Bréfritari: Sigríður Pálsdóttir
Viðtakandi: Páll Pálsson
Dagsetning: A-1840-11-08
Skrifað á: Síðumúla  Mýr.
Páll var bróðir Sigríðar

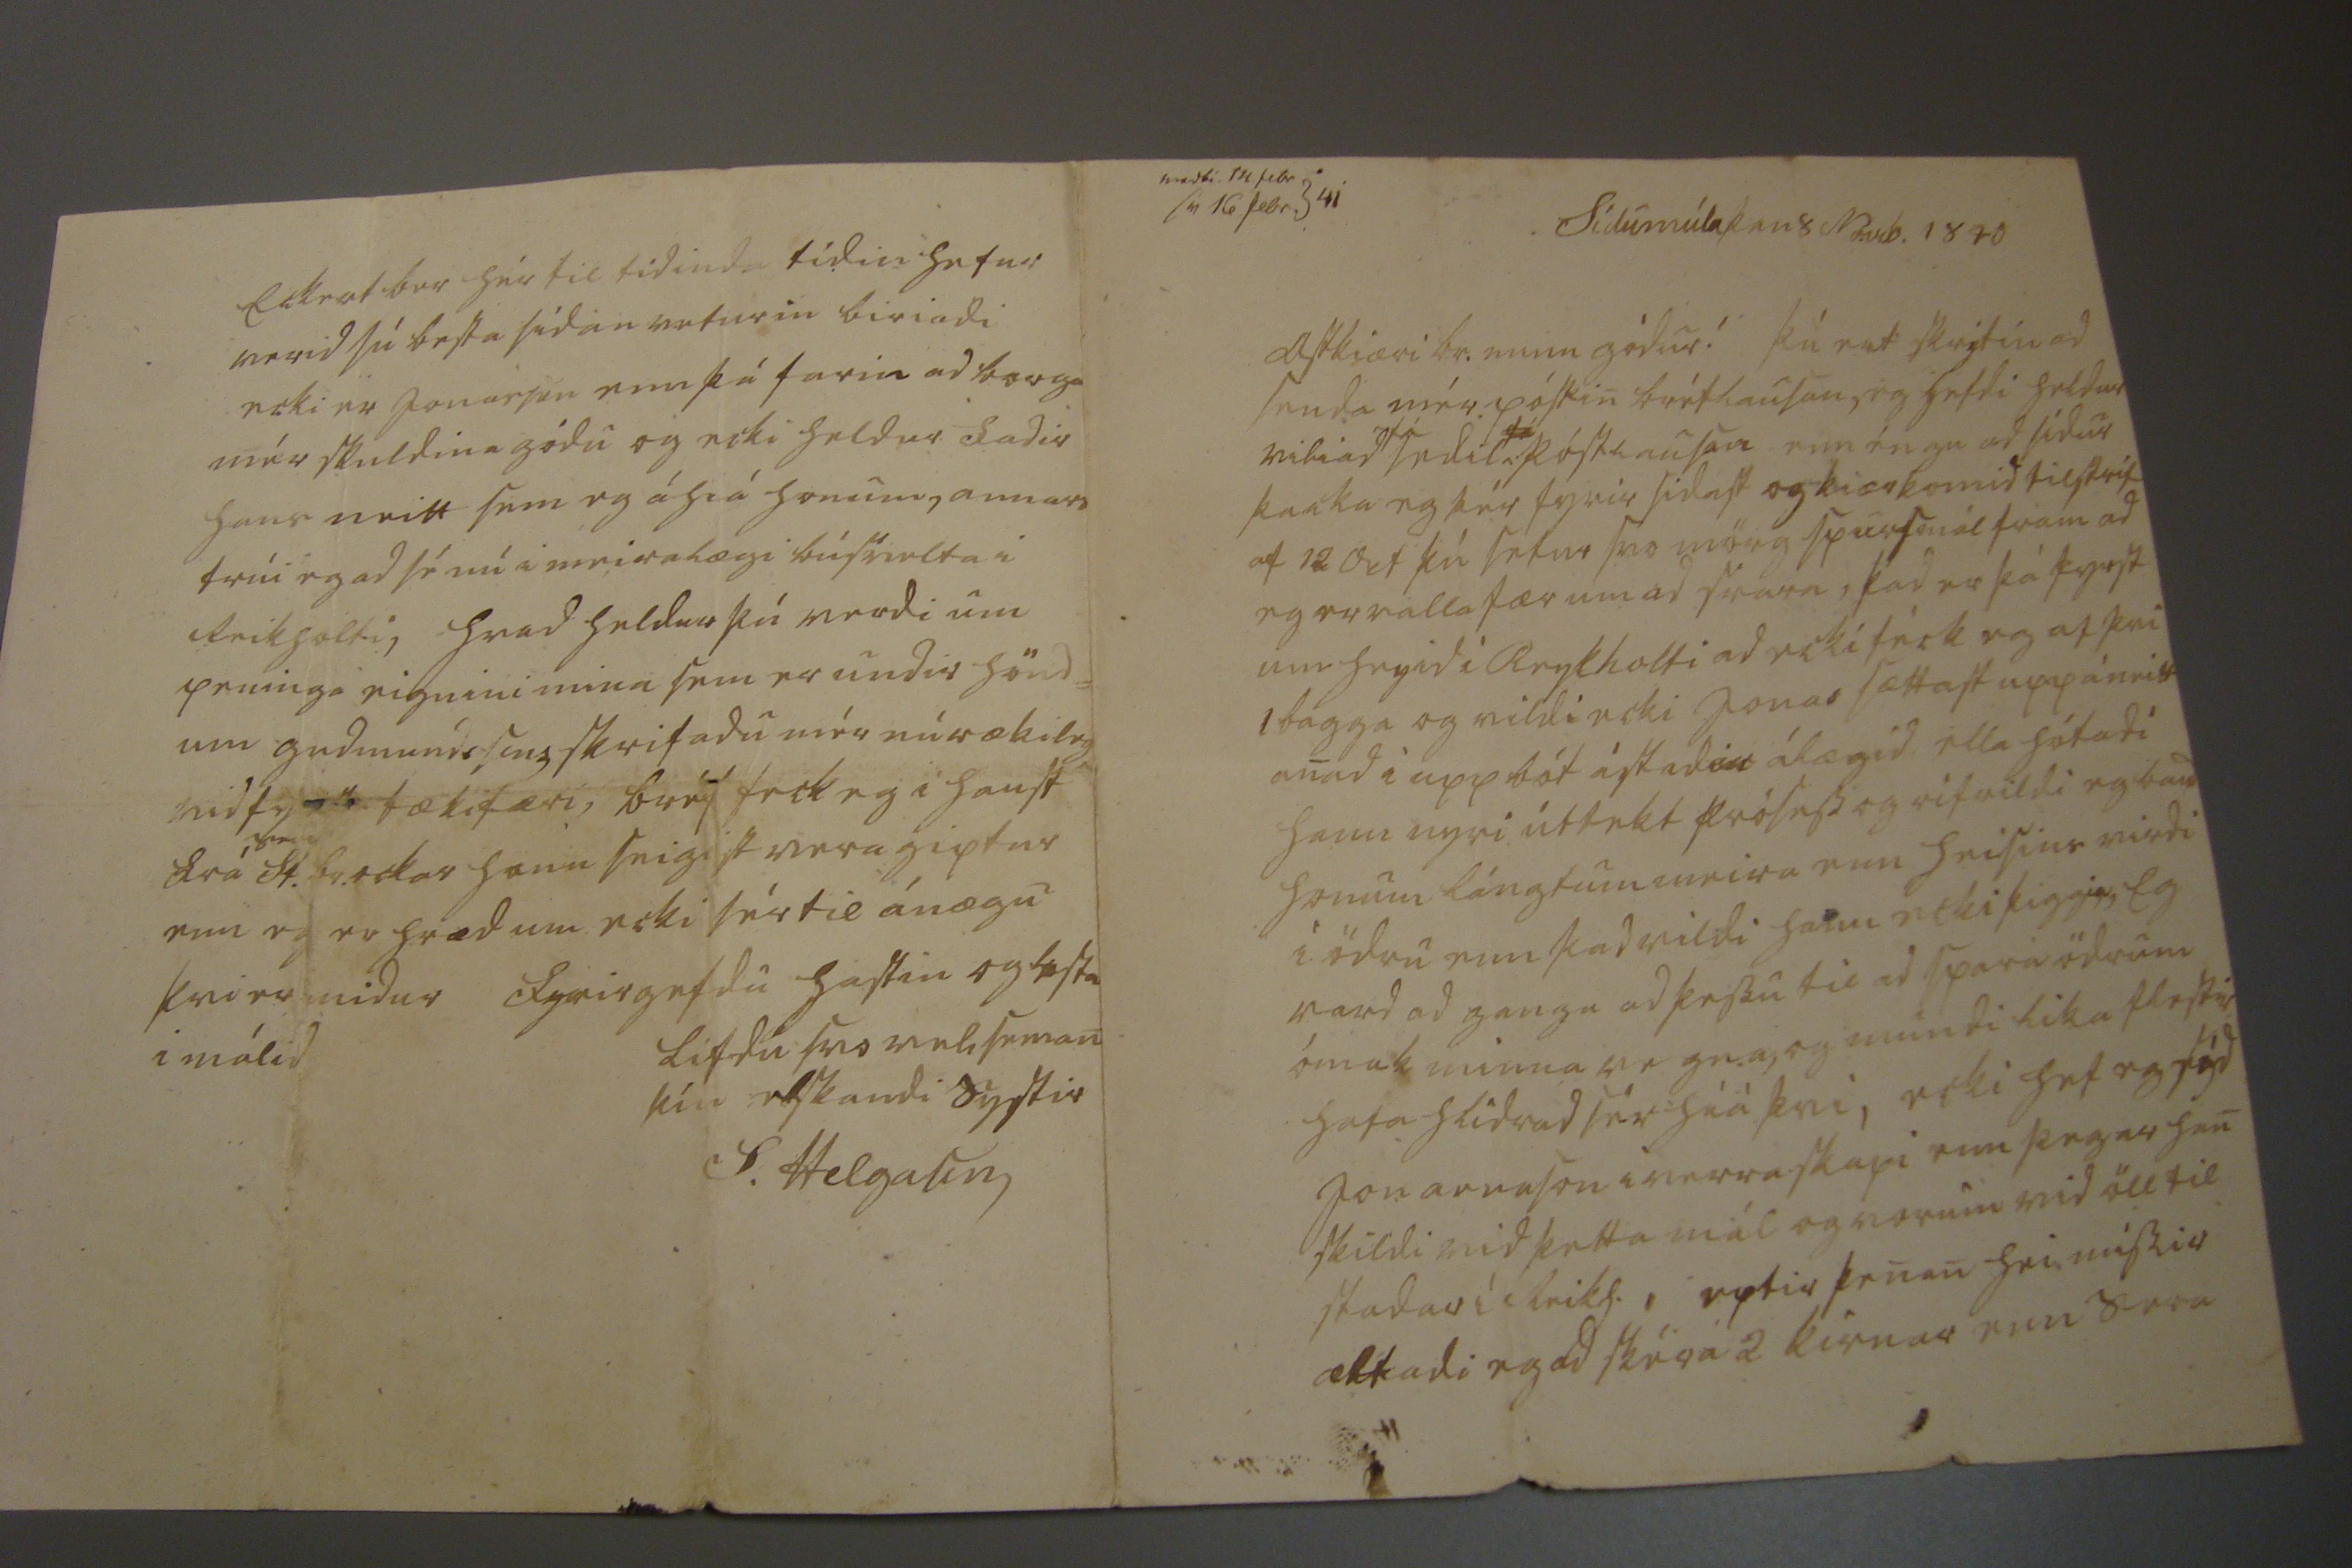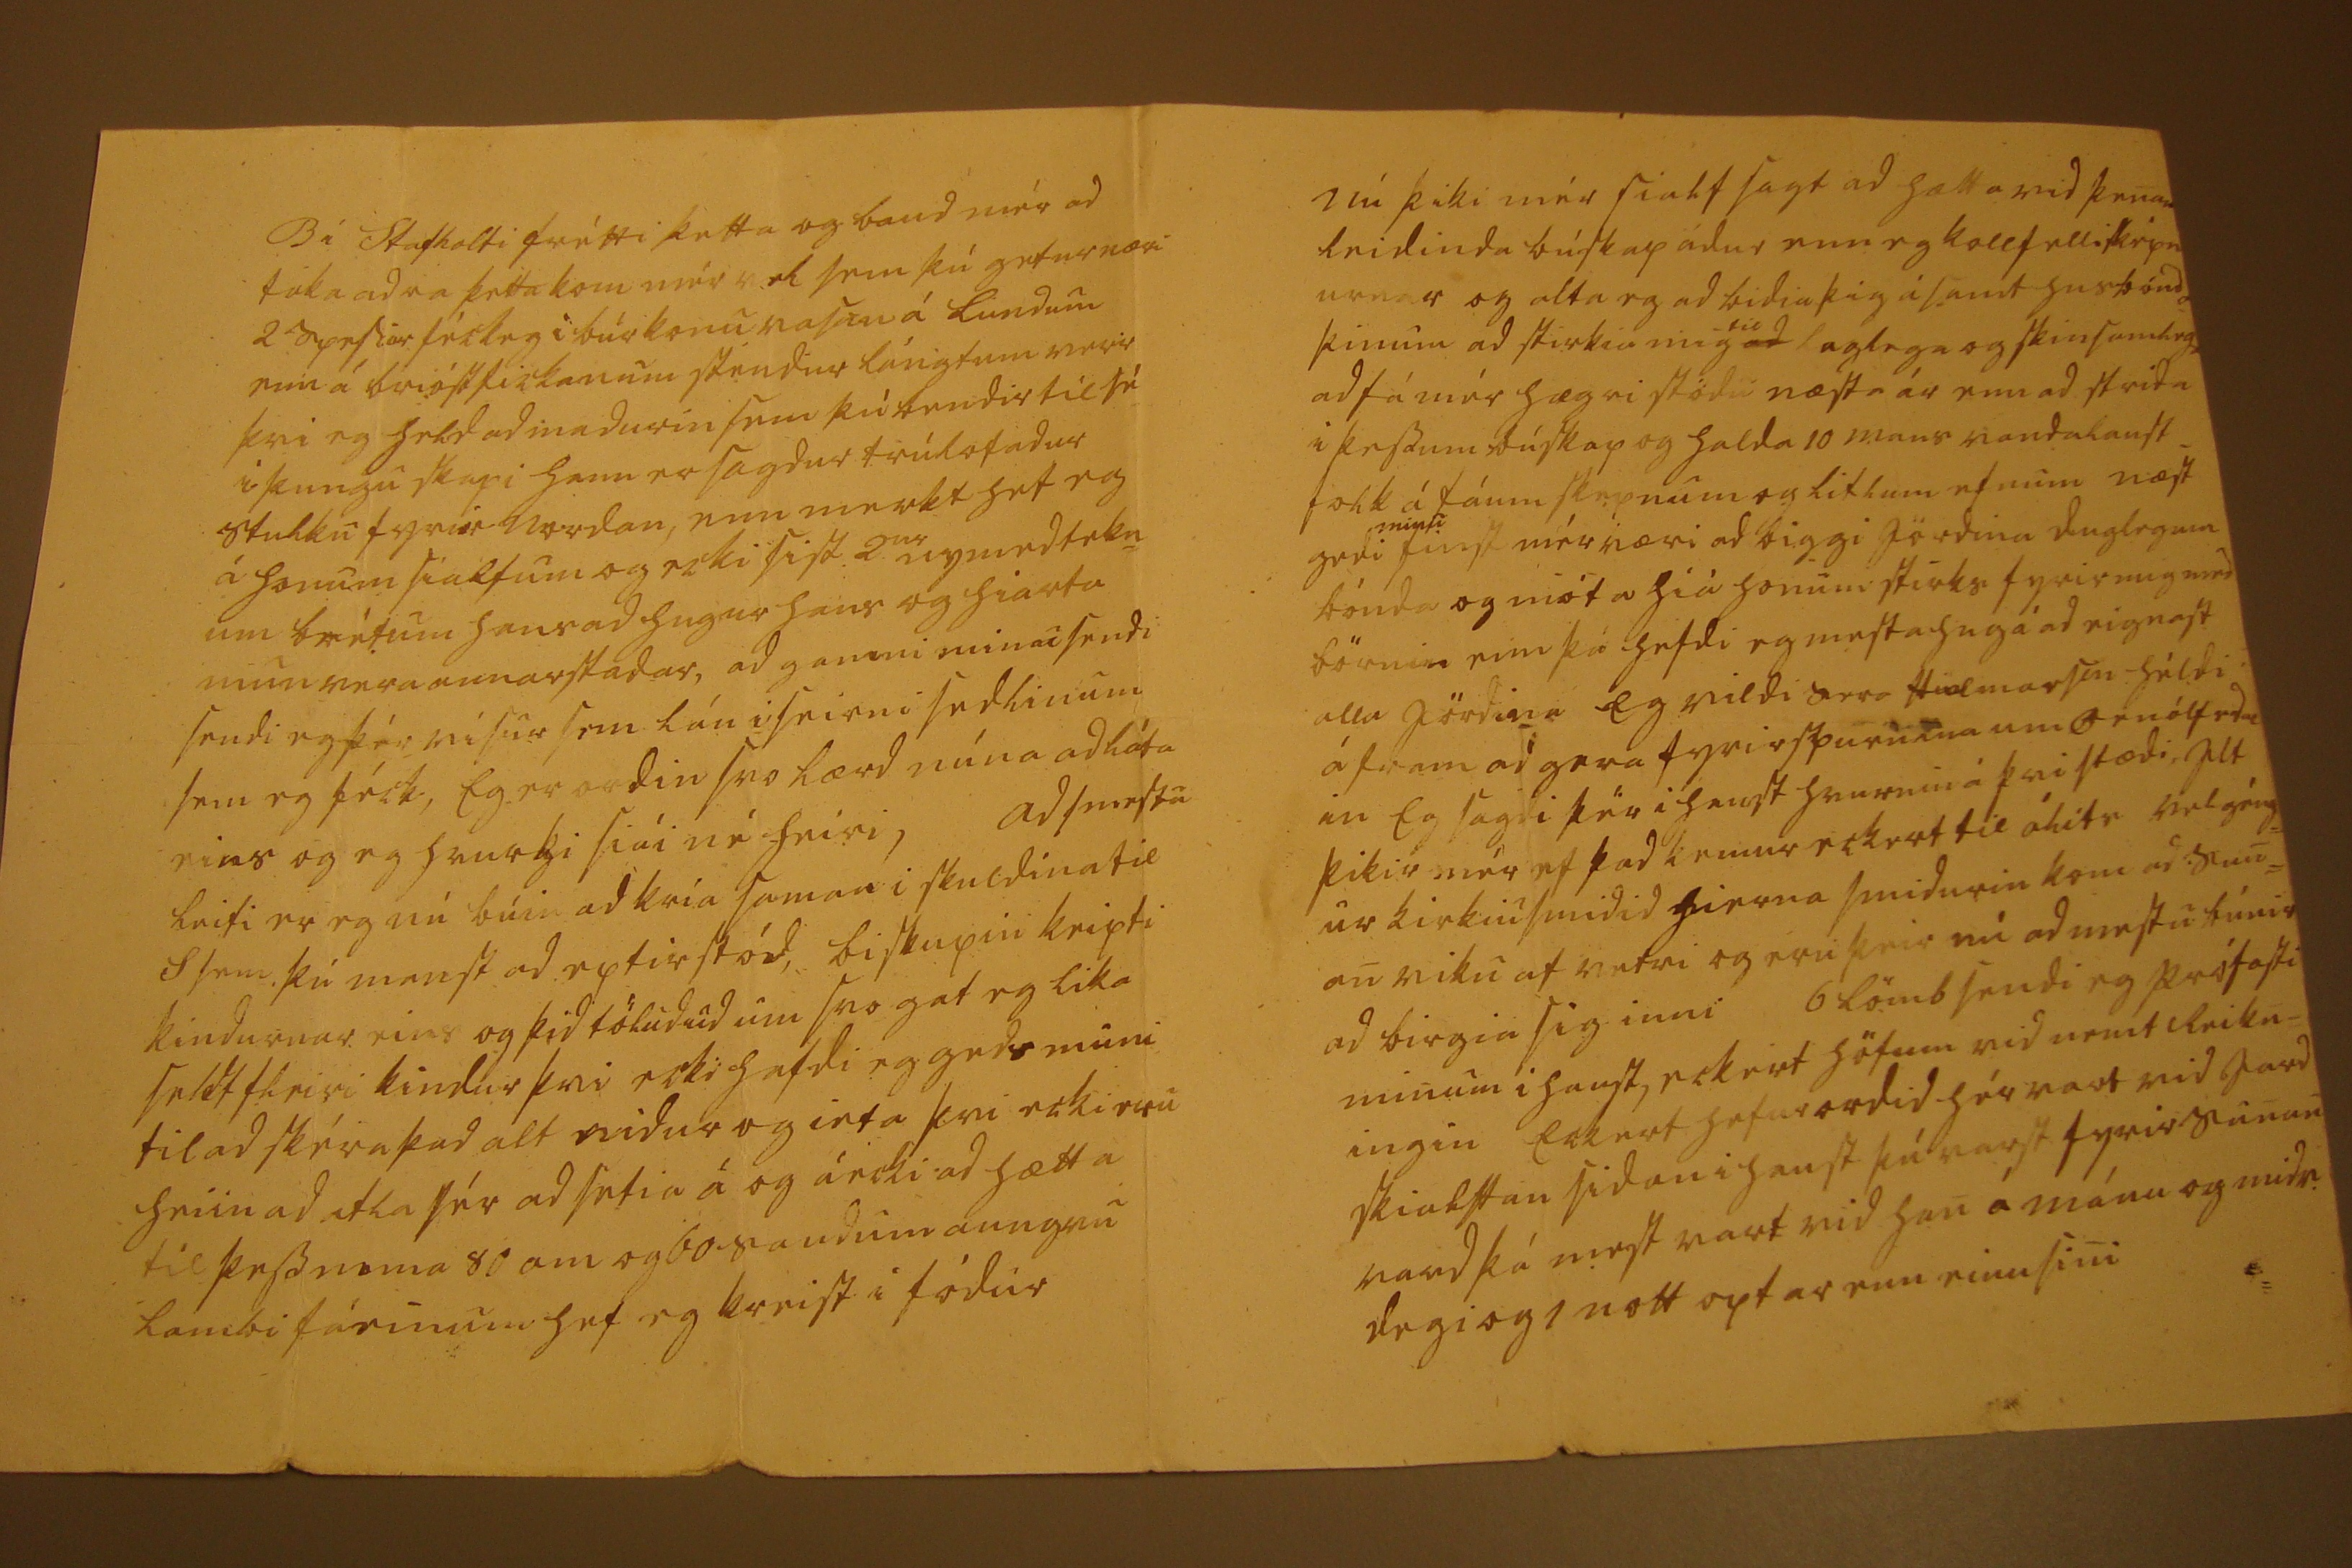

sedli 14 febr Sv 16 febr. 41
Sídumúla þan 8 No.vb. 1840
Astkiæri br. minn gódur! Þu ert skrýtin ad senda mér pós
tin
bréflausan, eg hefdi heldur viliad
fá
sedil
fá
póstlausan enn éngu ad sídur þacka eg þér fyrir sidast og kiærkomid tilskrif af 12 Oct þú setur svo mörg spursmál fram ad eg er valla fær um ad svara, þad er þá fyrst um heyid i Reykholti ad ecki féck eg af þvi 1 bagga og vildi ecki Jonas sættast upp á neitt anad i upp bót ástad
00
álægid illa hótadi hann nyri úttekt
prófass
og rifrildi eg baud honum lángtum meira enn
heisins
virdi i ödru enn þad vildi hann ecki þiggia, Eg vard ad ganga ad þessu til ad spara ödrum ómak minna vegna, og mundi lika flestir hafa hlidrad sé híá þvi, ecki h ef eg
séd
Jon arnason i verra skapi enn þegar han skildi vid þetta mál og vorum vid öll til stadar i Reikh. , eptir þenan heimissir ætladi eg ad skéra 2 kírnar enn Sera
B í Stafholti frétti þetta og baud mér ad taka adra þetta kom mér vel sem þú getur næri 2
syrstur
féck eg i búskonu
vas00
á Lundum enn á brióst
fick
anum stendur lángtum verr þvi eg held ad madurin sem þú bendir til sé i þungu skapi hann er sagdur trúlofadur stulku fyrir nordan, enn merkt hef eg á honum sialfum og ecki sist 2
ur
nymedtekn= um bréfum hans ad hugur hans og hiarta mun vera annarstadar, ad gamni minu sendi sendi eg þér visur sem lán i seirni sedlinum sem eg féck, Eg er ordin svo lærd núna ad láta eins og eg hvurki siái né heiri, Ad
s
mestu leiti er eg nú búin ad kría saman i skuldina til S sem þú manst ad eptir stód, biskupin keipti kindurnar eins og þid töludud um svo gat eg lika seldt fleiri kindur þvi ecki hafdi eg gedsmuni til ad skéra þad alt nidur og ieta þvi ecki eru heiin ad atla sér ad setia á og á ecki ad hætta til þess nema 80 am og 60 saudum aungvu lambi
fáeinum
hef eg kreist i fódur
Nú þiki mér sialfsagt ad hætta vid þenan leidinda búskap ádur enn eg kollfelli sképn urnar og alta eg ad bidia þig ásamt husbónda þinum ad stirkia mig
til
ad
laglega og skinsamlega ad fá mér hægri stödu næsta ár enn ad strita i þessum búskap og halda 10 mans vandalaust_ folk á fáum skepnum og litlum efnum næst gedi
minu
finst mér væri ad biggi jördina duglegum bónda og nióta hiá honum stirks fyrir mig med börnin enn þá hefdi eg mesta hug á ad eignast alla jördina Eg vildi Sera Hialmarson héldi áfram ad gera fyrirspurnina um
Ö
rnólf eda an Eg sagdi þér i haust hvurnin á þvi stædi, Alt þikir mér ef þad kemur eckert til álits vel géng= ur kirkiusmidid hierna smidurin kom ad Sun= an viku af vetri og eru þeir nú ad mestu búnir ad birgia sig inni 6 lömb sendi eg prófasti minum i haust, eckert höfum vid nemt Reikn_ ingin Eckert hefur ordid hér vart vid jardskialftan sidan i haust þú varst fyrir sunan vard þá mest vart vid han á mánu og midv. degi og 1 nott optar enn einu sini
Eckert ber hér til tidinda tídin hefur verid sú besta sídan veturin biriadi ecki er Jon
árson
enn þá farin ad borga mér skuldina gódu og ecki heldur fadir hans neitt sem eg á hiá honum, annars trúi eg ad sé nú i meiralægi búsvelta i Reikholti, hvad heldur þú verdi um peninga eignini mina sem er undir hönd= um gudmunds
sins
skrifadu mér nú rækileg
a
vid fyrsta tækifæri, bréf feck eg i haust frá
sra
st. br. ockar hann seigist vera giptur enn eg er hræd um ecki sér til ánægu þvi er midur fyrirgefdu hastin og lestu i málid
Lifdu svo vel seman
þin elskandi systir
S. Helgason